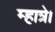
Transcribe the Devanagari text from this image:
म्हात्रे।